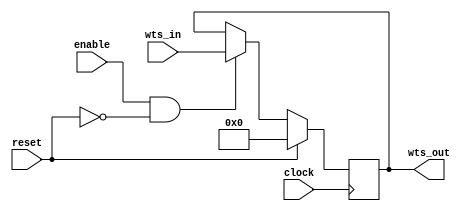
module Weights_rf #(
                       parameter wts_width = 17*4                    // Width of 4 weight                        
                       )    
                      (
                       input clock,
                       input enable,
                       input reset,
                       input [wts_width-1:0]wts_in,                                            
                       output reg [wts_width-1:0]wts_out                                                                 
                       );
                       
    always @(posedge clock)
    begin
        if(reset == 1'b1)
        begin
            wts_out <= {wts_width{1'b0}};            
        end
        else if(enable == 1'b1 && reset == 1'b0)
        begin
            wts_out <= wts_in;            
        end
        else
        begin
            wts_out <= wts_out;            
        end                                          
    end                             
                       
endmodule